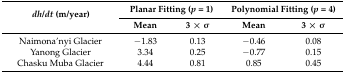
| <ROWSPAN=2> dh/dt (m/year) | <COLSPAN=2> Planar Fitting (p = 1) | <COLSPAN=2> Polynomial Fitting (p = 4) |
 | Mean | 3 × σ | Mean | 3 × σ |
 | --- | --- | --- | --- | --- |
 | Naimona’nyi Glacier | −1.83 | 0.13 | −0.46 | 0.08 |
 | Yanong Glacier | 3.34 | 0.25 | −0.77 | 0.15 |
 | Chasku Muba Glacier | 4.44 | 0.81 | 0.85 | 0.45 |